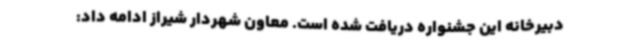
دبیرخانه این جشنواره دریافت شده است. معاون شهردار شیراز ادامه داد: